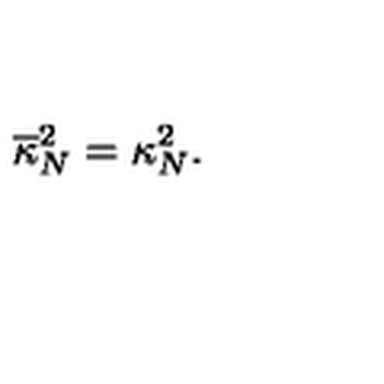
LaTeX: \overline { { \kappa } } _ { N } ^ { 2 } = \kappa _ { N } ^ { 2 } .